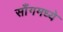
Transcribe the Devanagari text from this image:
साँगमध्ये